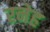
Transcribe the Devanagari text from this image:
रनेह